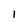
Character: l